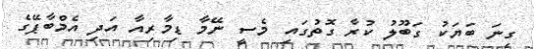
ގިނަ ބަޔަކު ގަބޫލު ކުރާ ގޮތުގައި މެސީ ނޭމާ ޑިމާރިއާ އަދި އެމްބާޕޭގެ